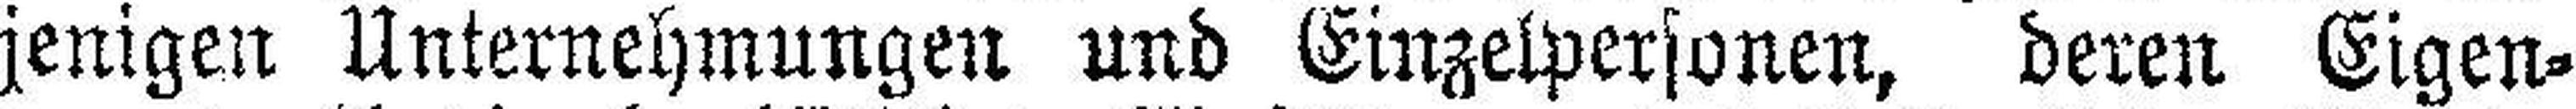
jenigen Unternehmungen und Einzelpersonen, deren Eigen¬